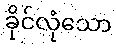
ခိုင်လုံသော